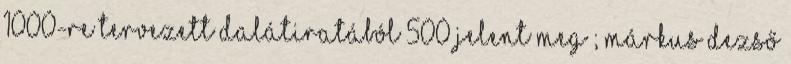
1000-re tervezett dalátiratából 500 jelent meg ; Márkus Dezső